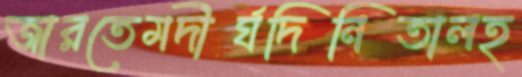
জারতেমদীর্ঘদিনিতালহ